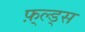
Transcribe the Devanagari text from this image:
फ़्ल्ड्स